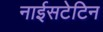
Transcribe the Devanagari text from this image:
नाईसटेटिन